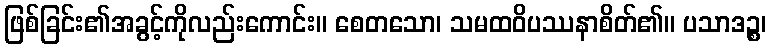
ဖြစ်ခြင်း၏အခွင့်ကိုလည်းကောင်း။ စေတသော၊ သမထဝိပဿနာစိတ်၏။ ပသာဒဉ္စ၊